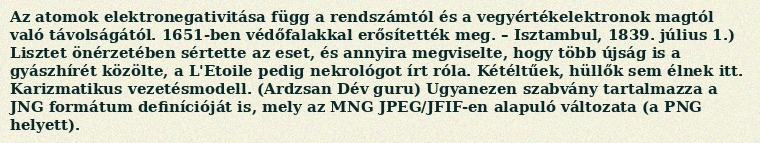
Az atomok elektronegativitása függ a rendszámtól és a vegyértékelektronok magtól való távolságától. 1651-ben védőfalakkal erősítették meg. – Isztambul, 1839. július 1.) Lisztet önérzetében sértette az eset, és annyira megviselte, hogy több újság is a gyászhírét közölte, a L'Etoile pedig nekrológot írt róla. Kétéltűek, hüllők sem élnek itt. Karizmatikus vezetésmodell. (Ardzsan Dév guru) Ugyanezen szabvány tartalmazza a JNG formátum definícióját is, mely az MNG JPEG/JFIF-en alapuló változata (a PNG helyett).